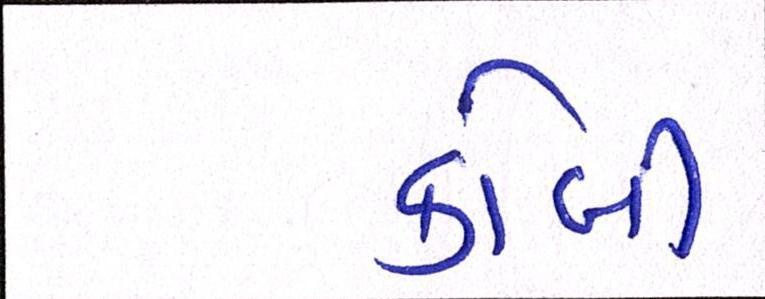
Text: કોબી